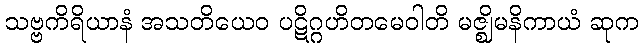
သဗ္ဗကိရိယာနံ အသတိယေဝ ပဋိဂ္ဂဟိတမေဝါတိ မဇ္ဈိမနိကာယံ ဆုက